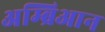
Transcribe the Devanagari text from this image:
अम्ब्रिआन